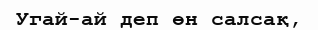
Угай-ай деп өн салсақ,